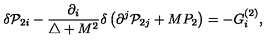
\delta { \cal P } _ { 2 i } - \frac { \partial _ { i } } { \triangle + M ^ { 2 } } \delta \left( \partial ^ { j } { \cal P } _ { 2 j } + M P _ { 2 } \right) = - G _ { i } ^ { ( 2 ) } ,